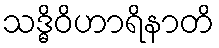
သဒ္ဓိဝိဟာရိနာတိ